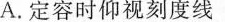
A.定容时仰视刻度线